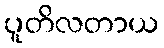
ပူတိလတာယ